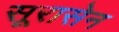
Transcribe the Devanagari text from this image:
सूरासेन